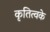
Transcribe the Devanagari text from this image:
कृतित्वके